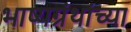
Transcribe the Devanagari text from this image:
भाष्यग्रंथांच्या